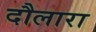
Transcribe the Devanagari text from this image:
दौलारा